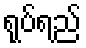
ရုပ်ရည်